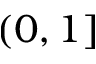
( 0 , 1 ]